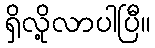
ရှိလို့လာပါပြီ။